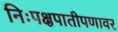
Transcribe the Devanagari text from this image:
निःपक्षपातीपणावर